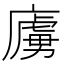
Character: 㢚